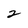
Character: 2